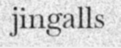
jingalls